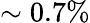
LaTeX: \sim 0.7\%